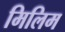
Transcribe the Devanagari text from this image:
मिलिम